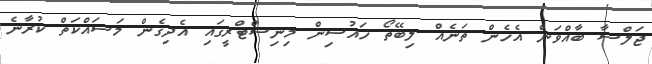
ޖަލްސާ ބާއްވަން އެހެން ތަނެއް ލިބޭތޯ ހައުސިން މިނިސްޓްރީގައި އެދިގެން މަސައްކަތް ކުރާނެ